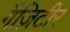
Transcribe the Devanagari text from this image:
गैज़िटीर